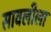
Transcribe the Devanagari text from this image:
सावलीला